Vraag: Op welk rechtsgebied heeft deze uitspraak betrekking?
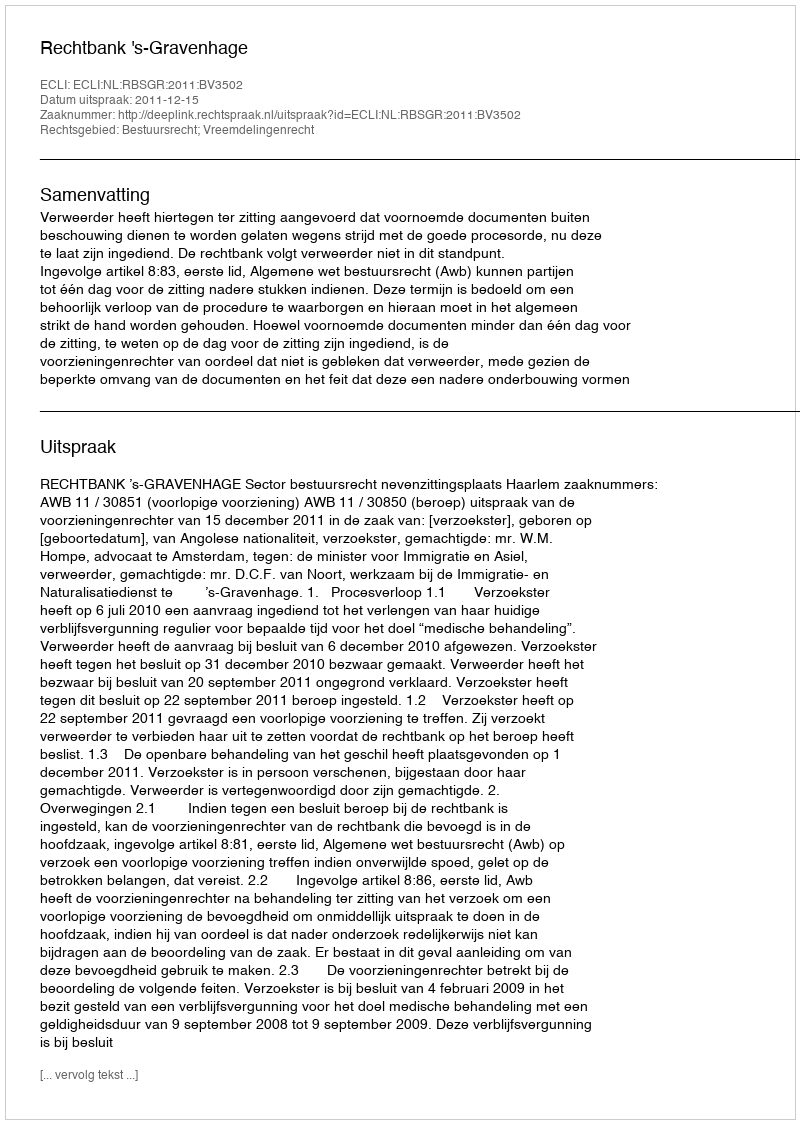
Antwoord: Bestuursrecht; Vreemdelingenrecht